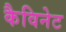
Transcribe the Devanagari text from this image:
कैविनेट